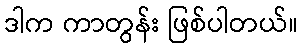
ဒါက ကာတွန်း ဖြစ်ပါတယ်။